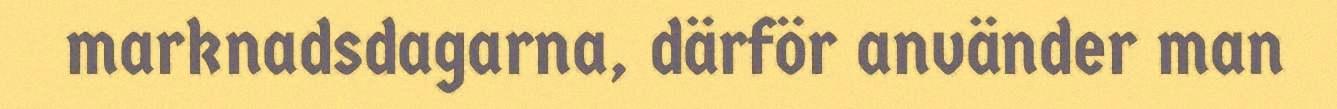
marknadsdagarna, därför använder man